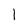
Character: l